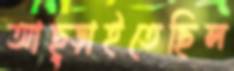
আছ্‌ড়াইতেছিল